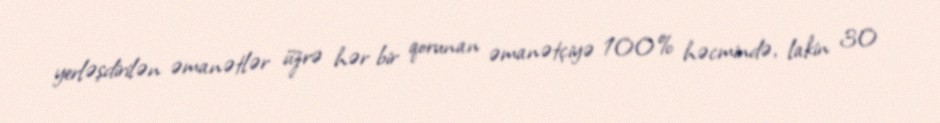
yerləşdirilən əmanətlər üzrə hər bir qorunan əmanətçiyə 100% həcmində, lakin 30